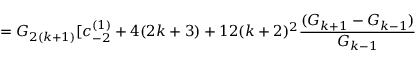
= G _ { 2 ( k + 1 ) } [ c _ { - 2 } ^ { ( 1 ) } + 4 ( 2 k + 3 ) + 1 2 ( k + 2 ) ^ { 2 } \frac { ( G _ { k + 1 } - G _ { k - 1 } ) } { G _ { k - 1 } }